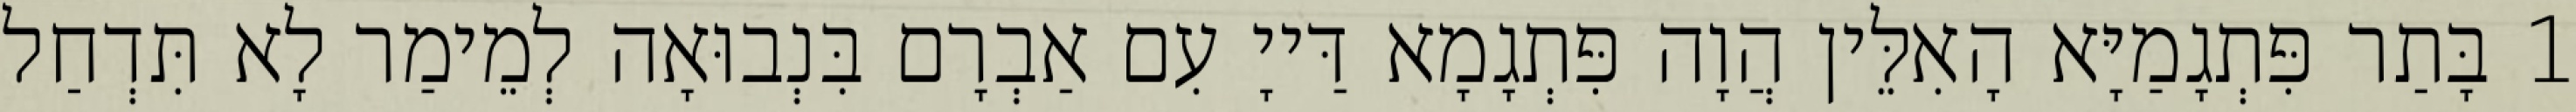
1 בָּתַר פִּתְגָמַיָּא הָאִלֵּין הֲוָה פִּתְגָמָא דַּייָ עִם אַבְרָם בִּנְבוּאָה לְמֵימַר לָא תִּדְחַל